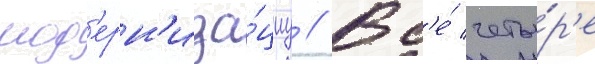
мод'ерн'иза́циу // Вс'е́ четы́р'е